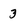
Character: 3